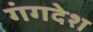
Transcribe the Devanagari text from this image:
गंगदेश